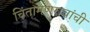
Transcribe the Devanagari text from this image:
चिंतामणरावांची